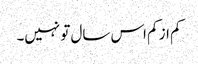
کم از کم اس سال تو نہیں۔